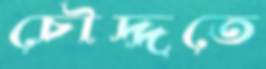
চৌদ্দতে